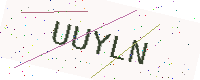
Text: UUYLN